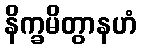
နိက္ခမိတွာနဟံ